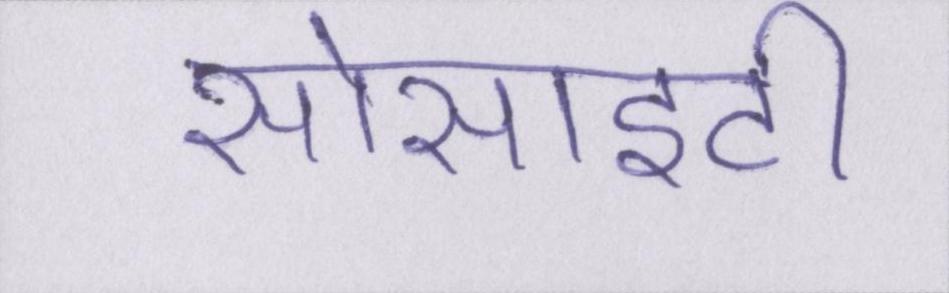
सोसाइटी